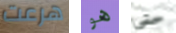
هرعت هو حتى